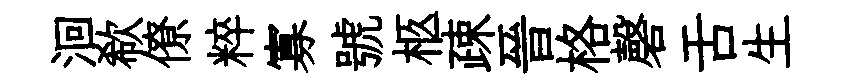
洄欷僚粹寡號柩疎晉格磬舌生